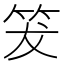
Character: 𥬒